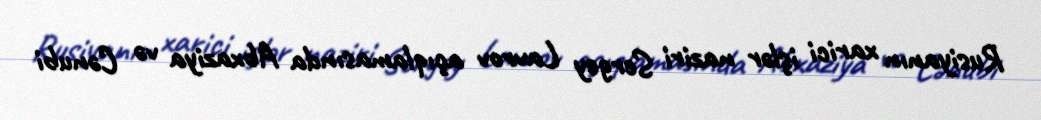
Rusiyanın xarici işlər naziri Sergey Lavrov açıqlamasında Abxaziya və Cənubi